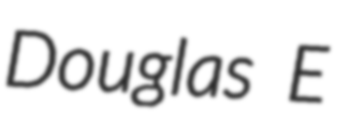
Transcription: Douglas E